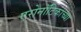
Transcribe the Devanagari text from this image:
एरोनॉटिकाच्या